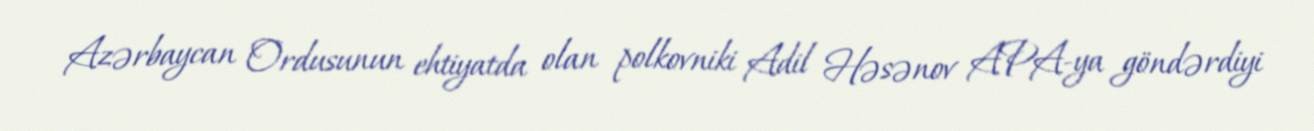
Azərbaycan Ordusunun ehtiyatda olan polkovniki Adil Həsənov APA-ya göndərdiyi